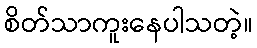
စိတ်သာကူးနေပါသတဲ့။